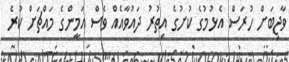
ވާޖިބަށް ހުރަސް އެޅުމުގެ ކުށުގެ އިތުރު ދައުވާއެއް ވެސް އަމީންގެ މައްޗަށް ކުރެ